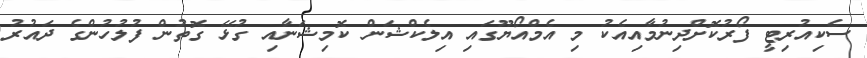
ސެކިއުރިޓީ ފޯރުކޮށްދިނުމާއިއެކު މި އެމްއޯޔޫގައި އިލެކްޝަން ކޮމިޝަނާއި ގުޅޭ ގޮތުން ފުލުހުންގެ ދައުރު